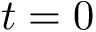
t = 0